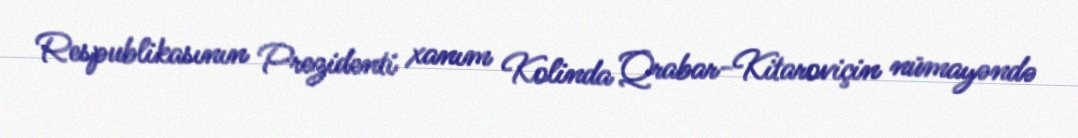
Respublikasının Prezidenti xanım Kolinda Qrabar-Kitaroviçin nümayəndə